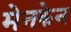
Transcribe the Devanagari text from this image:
मेनकेन